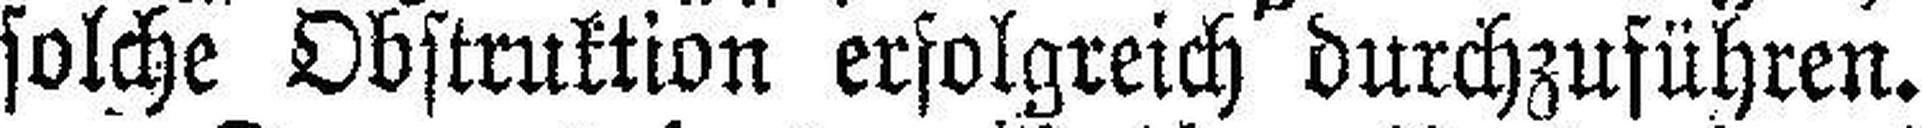
solche Obstruktion erfolgreich durchzuführen.